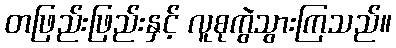
တဖြည်းဖြည်းနှင့် လူစုကွဲသွားကြသည်။